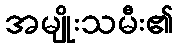
အမျိုးသမီး၏